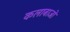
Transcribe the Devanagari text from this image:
कलाबाजों